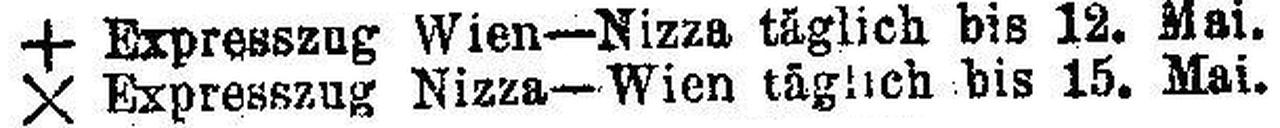
X Expresszug Nizza-Wien täglich bis 15. Mai.